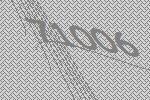
71006